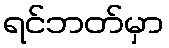
ရင်ဘတ်မှာ